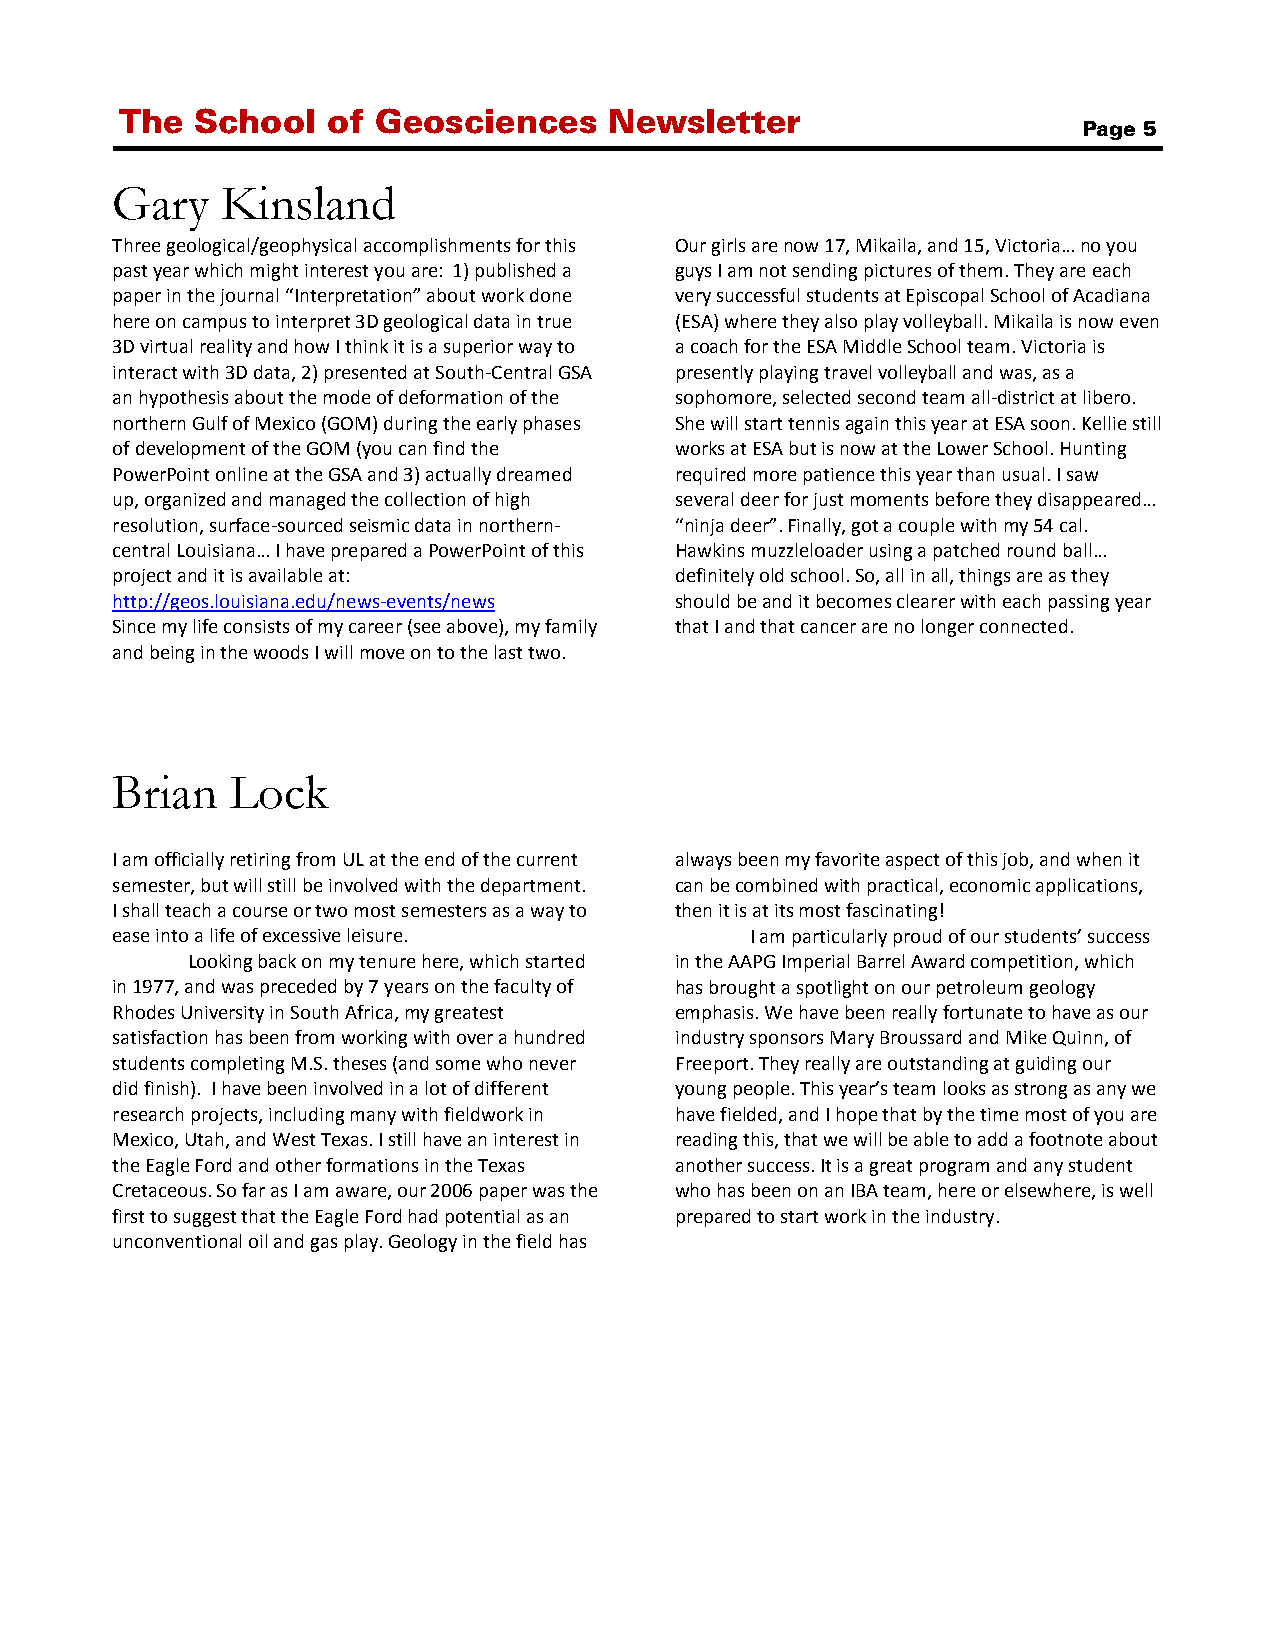
The  School   of Geosciences    Newsletter
 Page 5
 Gary    Kinsland
 Three geological/geophysical accomplishments for this Our girls are now 17, Mikaila, and 15, Victoria… no you
 past year which might interest you are: 1) published a guys I am not sending pictures of them. They are each
 paper in the journal “Interpretation” about work done very successful students at Episcopal School of Acadiana
 here on campus to interpret 3D geological data in true (ESA) where they also play volleyball. Mikaila is now even
 3D virtual reality and how I think it is a superior way to a coach for the ESA Middle School team. Victoria is
 interact with 3D data, 2) presented at South-Central GSA presently playing travel volleyball and was, as a
 an hypothesis about the mode of deformation of the sophomore, selected second team all-district at libero.
 northern Gulf of Mexico (GOM) during the early phases She will start tennis again this year at ESA soon. Kellie still
 of development of the GOM (you can find the works at ESA but is now at the Lower School. Hunting
 PowerPoint online at the GSA and 3) actually dreamed required more patience this year than usual. I saw
 up, organized and managed the collection of high several deer for just moments before they disappeared…
 resolution, surface-sourced seismic data in northern- “ninja deer”. Finally, got a couple with my 54 cal.
 central Louisiana… I have prepared a PowerPoint of this Hawkins muzzleloader using a patched round ball…
 project and it is available at:       definitely old school. So, all in all, things are as they
 http://geos.louisiana.edu/news-events/news should be and it becomes clearer with each passing year
 Since my life consists of my career (see above), my family that I and that cancer are no longer connected.
 and being in the woods I will move on to the last two.
 Brian   Lock
 I am officially retiring from UL at the end of the current always been my favorite aspect of this job, and when it
 semester, but will still be involved with the department. can be combined with practical, economic applications,
 I shall teach a course or two most semesters as a way to then it is at its most fascinating!
 ease into a life of excessive leisure.     I am particularly proud of our students’ success
 Looking back on my tenure here, which started in the AAPG Imperial Barrel Award competition, which
 in 1977, and was preceded by 7 years on the faculty of has brought a spotlight on our petroleum geology
 Rhodes University in South Africa, my greatest emphasis. We have been really fortunate to have as our
 satisfaction has been from working with over a hundred industry sponsors Mary Broussard and Mike Quinn, of
 students completing M.S. theses (and some who never Freeport. They really are outstanding at guiding our
 did finish). I have been involved in a lot of different young people. This year’s team looks as strong as any we
 research projects, including many with fieldwork in have fielded, and I hope that by the time most of you are
 Mexico, Utah, and West Texas. I still have an interest in reading this, that we will be able to add a footnote about
 the Eagle Ford and other formations in the Texas another success. It is a great program and any student
 Cretaceous. So far as I am aware, our 2006 paper was the who has been on an IBA team, here or elsewhere, is well
 first to suggest that the Eagle Ford had potential as an prepared to start work in the industry.
 unconventional oil and gas play. Geology in the field has